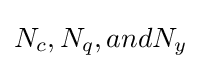
N_{c},N_{q},andN_{y}